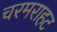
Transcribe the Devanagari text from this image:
चरमराहट